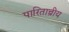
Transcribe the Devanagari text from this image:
पारितान्त्रीय